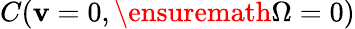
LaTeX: C(\mathbf{v}=0,\ensuremath{{\Omega}}=0)